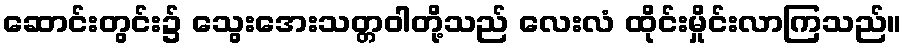
ဆောင်းတွင်း၌ သွေးအေးသတ္တဝါတို့သည် လေးလံ ထိုင်းမှိုင်းလာကြသည်။